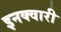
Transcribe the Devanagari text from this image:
इनक्वारी